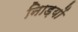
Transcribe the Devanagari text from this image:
नािड़यों